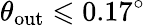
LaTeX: \theta_{\mathrm{out}}\leqslant 0.17^{\circ}